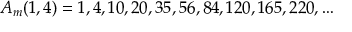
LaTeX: A _ { m } ( 1 , 4 ) = 1 , 4 , 1 0 , 2 0 , 3 5 , 5 6 , 8 4 , 1 2 0 , 1 6 5 , 2 2 0 , \ldots